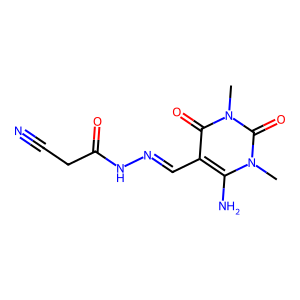
SMILES: Cn1c(N)c(C=NNC(=O)CC#N)c(=O)n(C)c1=O
Inhibits HIV replication: No